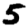
Digit: 5